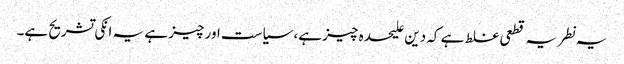
یہ نطریہ قطعی غلط ہے کہ دین علیحدہ چیز ہے، سیاست اور چیز ہے یہ انکی تشریح ہے۔